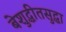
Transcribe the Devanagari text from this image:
बेशुद्धीतसुद्धा